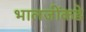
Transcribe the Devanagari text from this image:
भालजींकडे